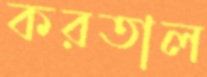
করতাল